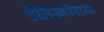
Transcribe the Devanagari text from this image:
टेलिस्कोपच्या